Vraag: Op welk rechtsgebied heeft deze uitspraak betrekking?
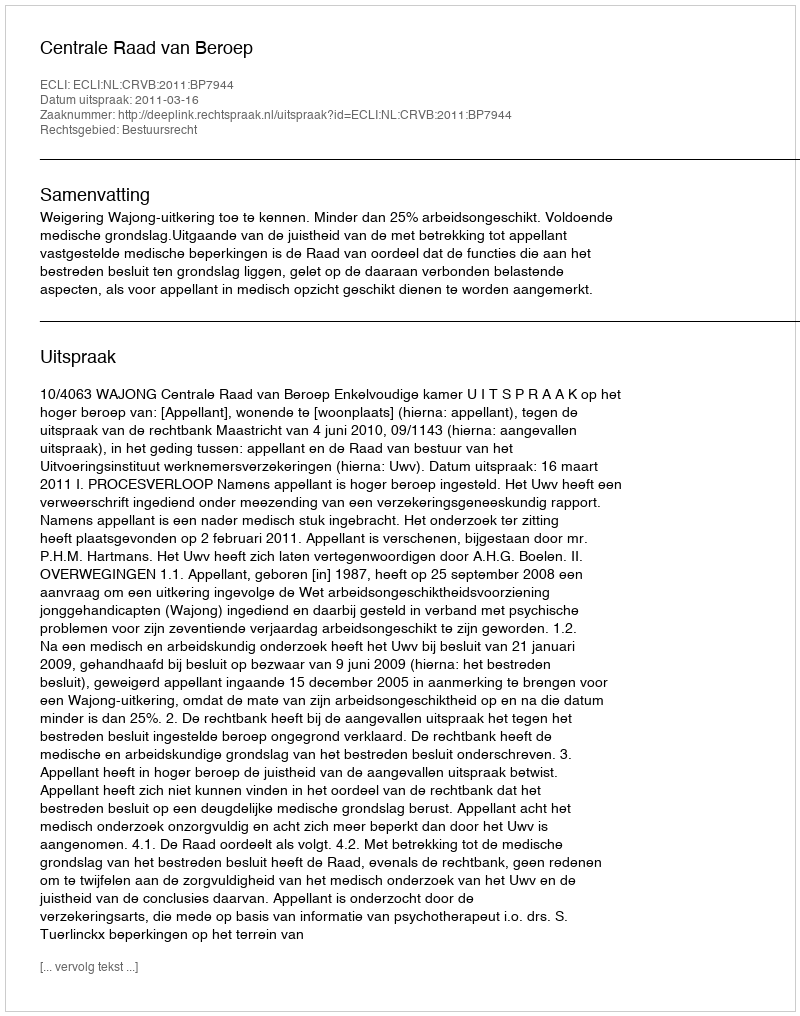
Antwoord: Bestuursrecht